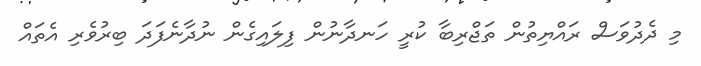
މި ދެދުވަސް ރައްޔިތުން ތަޖްރިބާ ކުރީ ހަނދާނުން ފިލައިގެން ނުދާނެފަދަ ބިރުވެރި އެތައް